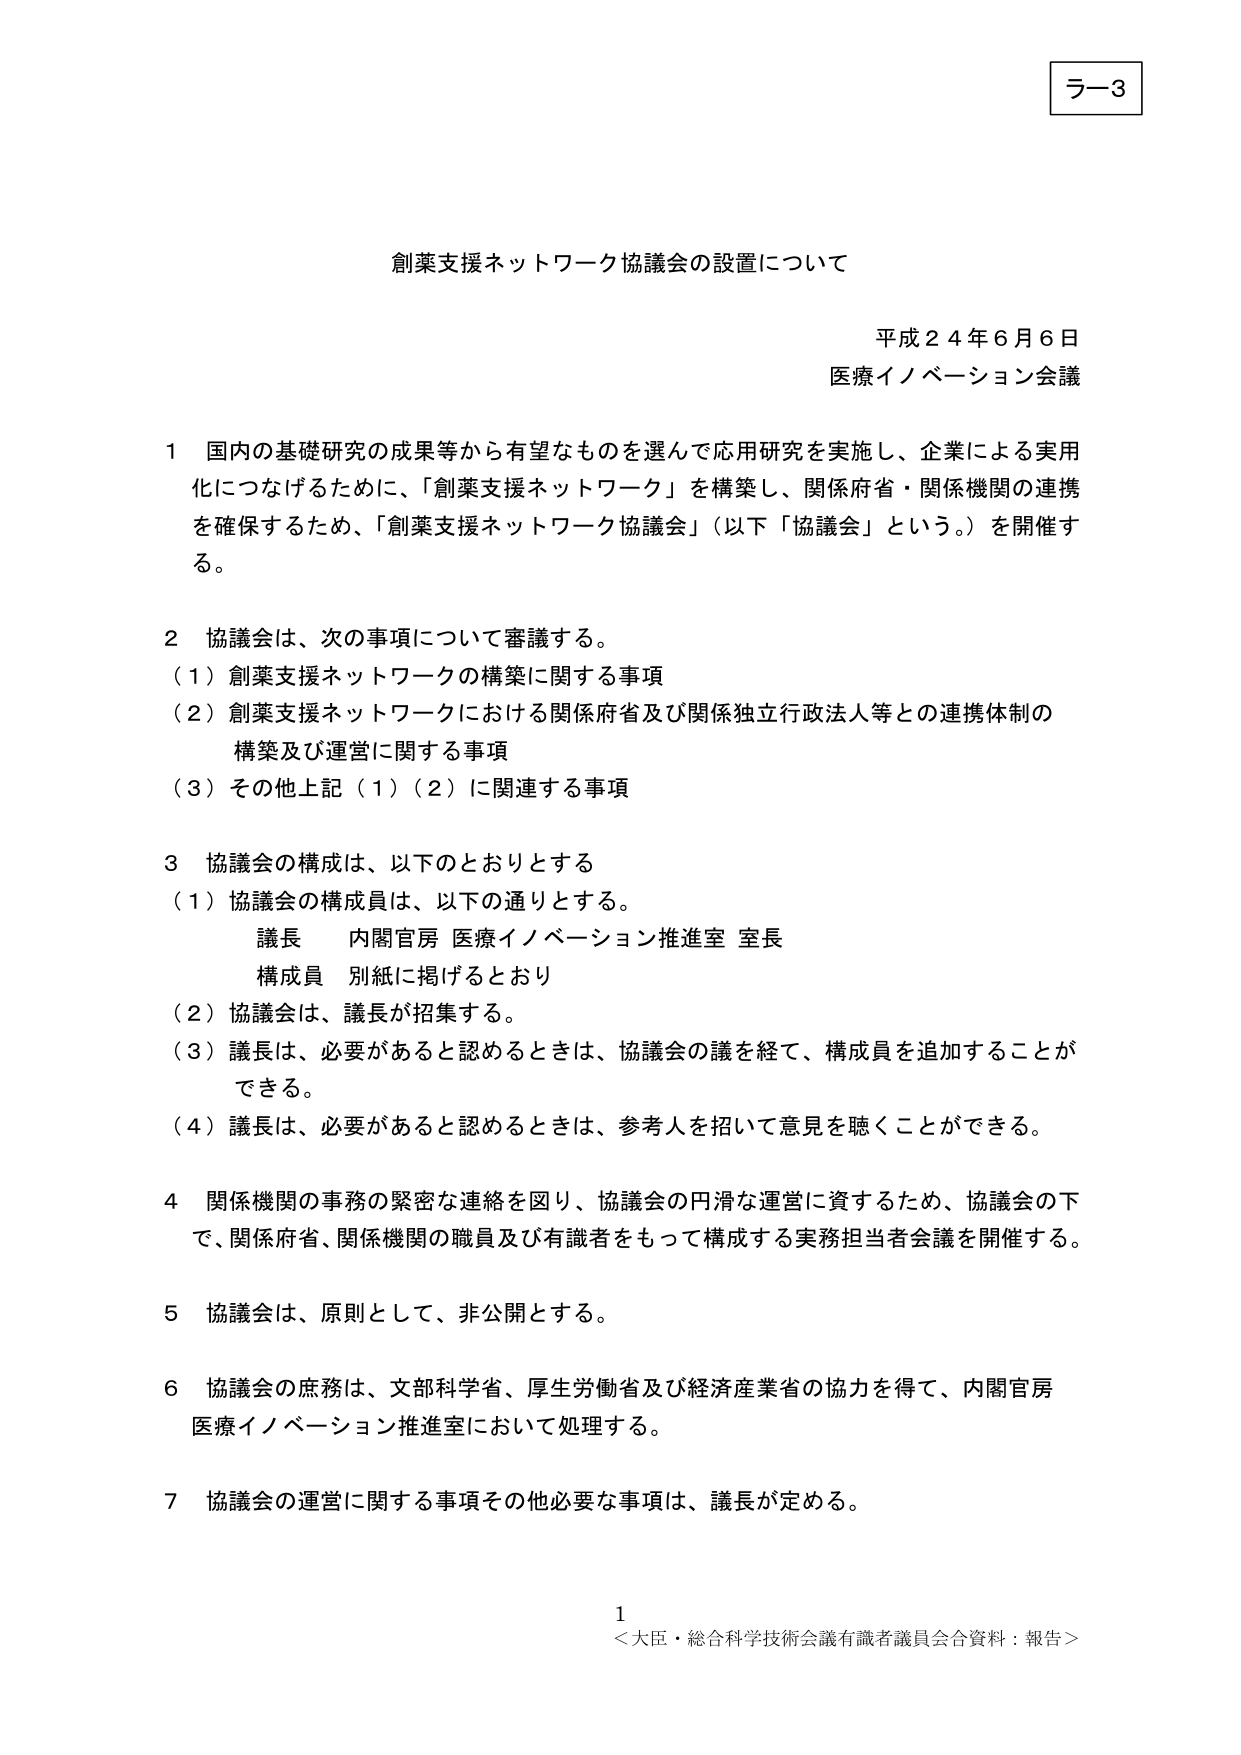
ラ－3

創薬支援ネットワーク協議会の設置について

平成２４年６月６日
医療イノベーション会議

１ 国内の基礎研究の成果等から有望なものを選んで応用研究を実施し、企業による実用化につなげるために、「創薬支援ネットワーク」を構築し、関係府省・関係機関の連携を確保するため、「創薬支援ネットワーク協議会」（以下「協議会」という。）を開催する。

２ 協議会は、次の事項について審議する。
（１）創薬支援ネットワークの構築に関する事項
（２）創薬支援ネットワークにおける関係府省及び関係独立行政法人等との連携体制の構築及び運営に関する事項
（３）その他上記（１）（２）に関連する事項

３ 協議会の構成は、以下のとおりとする
（１）協議会の構成員は、以下の通りとする。
　　議長　内閣官房 医療イノベーション推進室 室長
　　構成員　別紙に掲げるとおり
（２）協議会は、議長が招集する。
（３）議長は、必要があると認めるときは、協議会の議を経て、構成員を追加することができる。
（４）議長は、必要があると認めるときは、参考人を招いて意見を聴くことができる。

４ 関係機関の事務の緊密な連絡を図り、協議会の円滑な運営に資するため、協議会の下で、関係府省、関係機関の職員及び有識者をもって構成する実務担当者会議を開催する。

５ 協議会は、原則として、非公開とする。

６ 協議会の庶務は、文部科学省、厚生労働省及び経済産業省の協力を得て、内閣官房医療イノベーション推進室において処理する。

７ 協議会の運営に関する事項その他必要な事項は、議長が定める。

１
＜大臣・総合科学技術会議有識者議員会合資料：報告＞